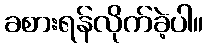
ခစားရန်လိုက်ခဲ့ပါ။